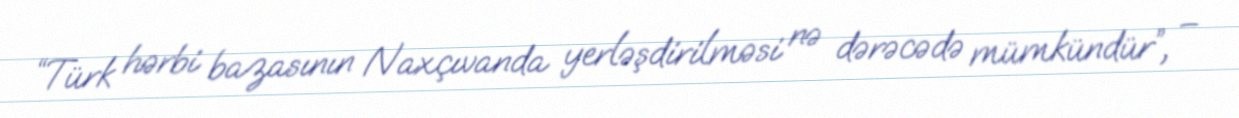
“Türk hərbi bazasının Naxçıvanda yerləşdirilməsi nə dərəcədə mümkündür”, –